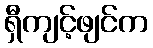
ရှီကျင့်ဖျင်က